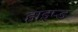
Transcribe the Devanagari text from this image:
हाइप्ड